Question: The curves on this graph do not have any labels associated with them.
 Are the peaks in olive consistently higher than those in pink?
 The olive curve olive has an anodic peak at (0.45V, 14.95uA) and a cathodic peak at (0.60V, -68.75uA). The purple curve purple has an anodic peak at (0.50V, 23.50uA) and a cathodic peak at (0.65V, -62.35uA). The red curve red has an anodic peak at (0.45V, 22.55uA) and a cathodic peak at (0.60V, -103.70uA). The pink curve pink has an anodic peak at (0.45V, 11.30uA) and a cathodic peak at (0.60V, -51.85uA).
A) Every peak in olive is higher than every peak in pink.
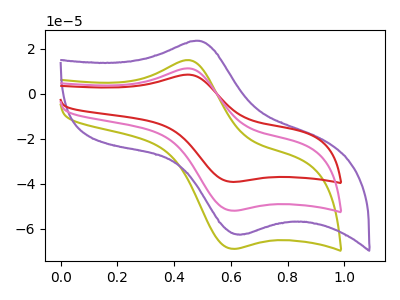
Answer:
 <answer>A) Every peak in "olive" is higher than every peak in "pink".</answer>
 <eval>A</eval>